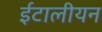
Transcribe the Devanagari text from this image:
ईटालीयन